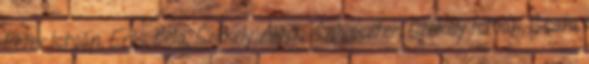
Péter István, Erős Béla, Székely Álmos-Szilveszter, Székely István, Csata